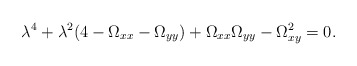
\begin{align*}\lambda^4 + \lambda^2(4-\Omega_{xx}-\Omega_{yy}) +\Omega_{xx}\Omega_{yy}- \Omega_{xy}^2 = 0.\end{align*}